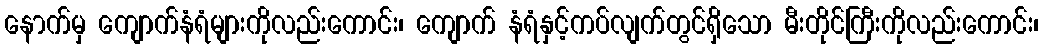
နောက်မှ ကျောက်နံရံများကိုလည်းကောင်း၊ ကျောက် နံရံနှင့်ကပ်လျက်တွင်ရှိသော မီးတိုင်ကြီးကိုလည်းကောင်း၊